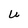
Character: U